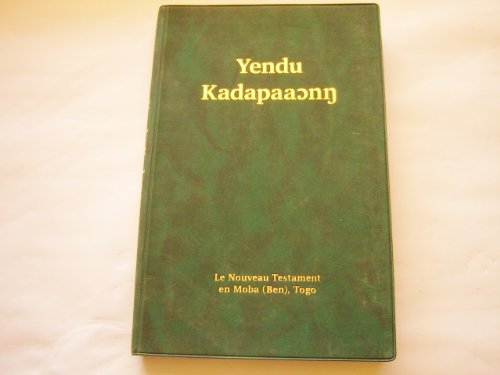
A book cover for New Testament in Moba / Yendu Kadapaaonn / Le Nouveau Testament en Moba (Ben) Togo / with Maps and Illustrations / Moba is a major language of the Gurma people of Togo and Ghana; Bible Society; Travel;